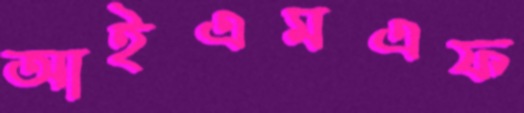
আইএমএফ